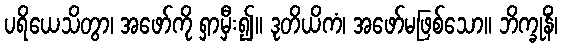
ပရိယေသိတွာ၊ အဖော်ကို ရှာမှီး၍။ ဒုတိယိကံ၊ အဖော်မဖြစ်သော။ ဘိက္ခုနိံ၊